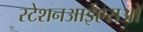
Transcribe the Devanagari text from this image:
स्टेशनआईएसओ